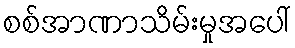
စစ်အာဏာသိမ်းမှုအပေါ်